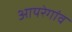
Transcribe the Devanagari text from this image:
आयरेगांव